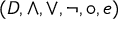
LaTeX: ( D , \land , \lor , \lnot , \circ , e )